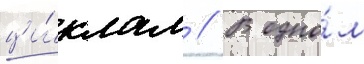
ци́клам // В одно́м